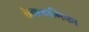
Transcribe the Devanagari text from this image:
कंकनाभिका